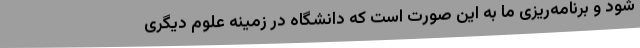
شود و برنامه‌ریزی ما به این صورت است که دانشگاه در زمینه علوم دیگری